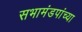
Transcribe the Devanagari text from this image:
सभामंडपांच्या